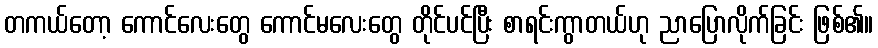
တကယ်တော့ ကောင်လေးတွေ ကောင်မလေးတွေ တိုင်ပင်ပြီး စာရင်းကွာတယ်ဟု ညာပြောလိုက်ခြင်း ဖြစ်၏။